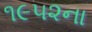
૧૯૫૨ના